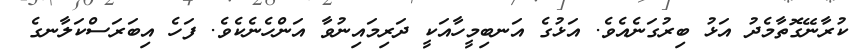
ކުރާނޭގޮތާމެދު އަޅު ބިރުގަނެއެވެ. އަޅުގެ އަނބިމީހާއަކީ ދަރިމައިނުވާ އަންހެނެކެވެ. ފަހެ އިބަރަސްކަލާނގެ